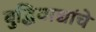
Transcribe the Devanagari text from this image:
बुद्धिवाद्यांचे